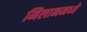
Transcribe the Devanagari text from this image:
मिलानमध्ये